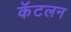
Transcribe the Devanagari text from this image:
कॅटलन